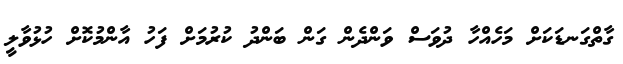
ގާތްގަނޑަކަށް މަހެއްހާ ދުވަސް ވަންދެން ގަން ބަންދު ކުރުމަށް ފަހު އާންމުކޮށް ހުޅުވާލީ